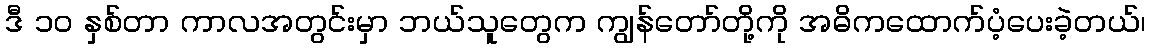
ဒီ ၁၀ နှစ်တာ ကာလအတွင်းမှာ ဘယ်သူတွေက ကျွန်တော်တို့ကို အဓိကထောက်ပံ့ပေးခဲ့တယ်၊